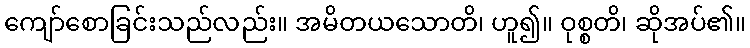
ကျော်စောခြင်းသည်လည်း။ အမိတယသောတိ၊ ဟူ၍။ ဝုစ္စတိ၊ ဆိုအပ်၏။